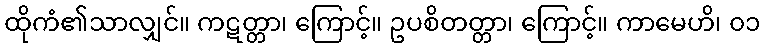
ထိုကံ၏သာလျှင်။ ကဋတ္တာ၊ ကြောင့်။ ဥပစိတတ္တာ၊ ကြောင့်။ ကာမေဟိ၊ ၀၁